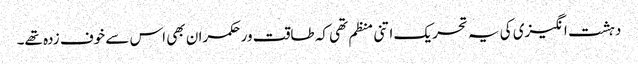
دہشت انگیزی کی یہ تحریک اتنی منظم تھی کہ طاقت ور حکمران بھی اس سے خوف زدہ تھے۔